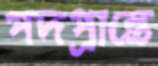
পদপ্রান্তে